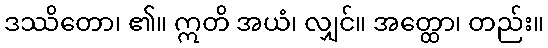
ဒဿိတော၊ ၏။ ဣတိ အယံ၊ လျှင်။ အတ္ထော၊ တည်း။